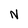
Character: N